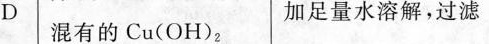
D 混有的Cu(oH)_{2}加足量水溶解，过滤